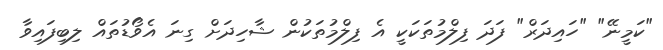
"ކަމީނޭ" "ހައިދަރް" ފަދަ ފިލްމުތަކަކީ އެ ފިލްމުތަކުން ޝާހިދަށް ގިނަ އެވޯޑުތައް ލިބިފައިވާ